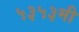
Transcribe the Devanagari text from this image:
५३५३मी